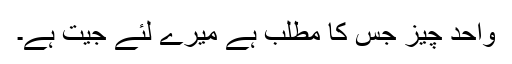
واحد چیز جس کا مطلب ہے میرے لئے جیت ہے۔